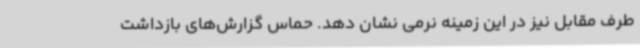
طرف مقابل نیز در این زمینه نرمی نشان دهد. حماس گزارش‌های بازداشت